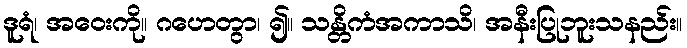
ဒူရံ၊ အဝေးကို။ ဂဟေတွာ၊ ၍။ သန္တိကံအကာသိ၊ အနီးပြုဘူးသနည်း။